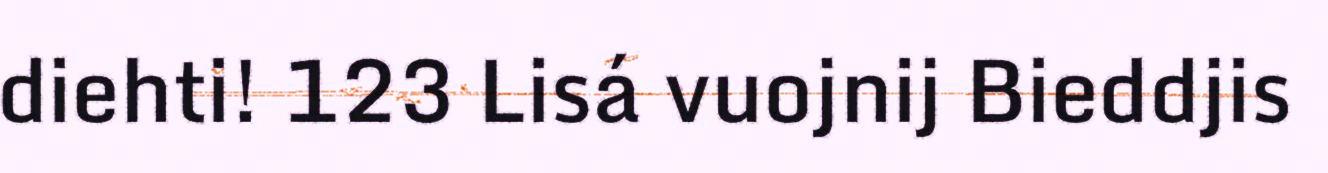
diehti! 123 Lisá vuojnij Bieddjis